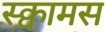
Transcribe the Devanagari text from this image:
स्क्वामस